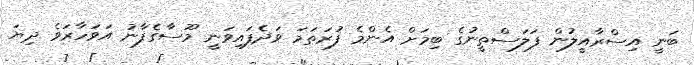
ބަނީ އިސްރާއީލުން ފަލަސްތީނުގެ ބިމަށް އެންމެ ފުރަތަމަ ވަދެފައިވަނީ މޫސާގެފާނު އަވަހާރަވެ ދިޔަ